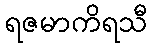
ရဇမာကိရသီ